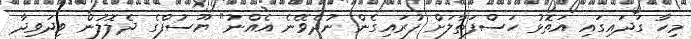
މިހާ ގަދައިގައި އަތޮޅު ހަސްފަތާލަށް ފުރައިގެން ނުދެވޭނެ އެއްނު" ޔޫސުފްގެ ދެލޮލުން ވިދަވިދާ